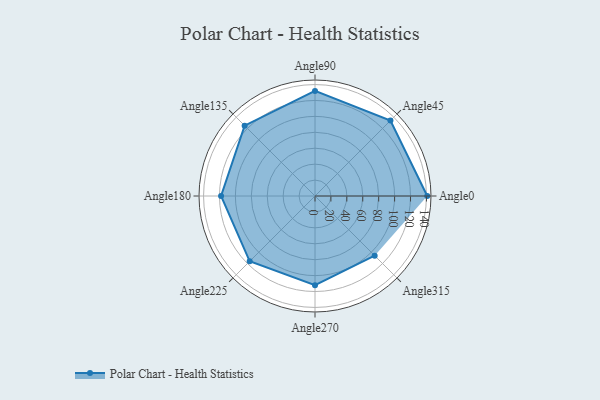
{"axis": {"x": "Angle", "y": "Radius"}, "legend": [""], "data": [{"x": "Angle0", "y": 141.0, "type": ""}, {"x": "Angle45", "y": 134.0, "type": ""}, {"x": "Angle90", "y": 132.0, "type": ""}, {"x": "Angle135", "y": 125.0, "type": ""}, {"x": "Angle180", "y": 118.0, "type": ""}, {"x": "Angle225", "y": 116.0, "type": ""}, {"x": "Angle270", "y": 112.0, "type": ""}, {"x": "Angle315", "y": 106.0, "type": ""}]}